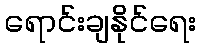
ရောင်းချနိုင်ရေး